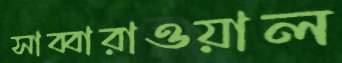
সাব্বারাওয়াল